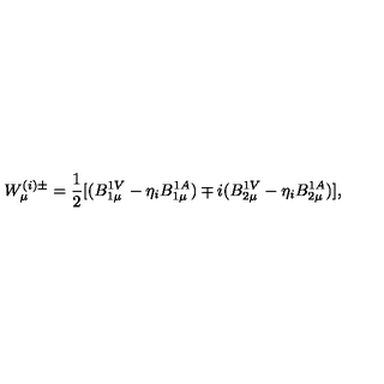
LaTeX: W _ { \mu } ^ { ( i ) \pm } = \frac { 1 } { 2 } [ ( B _ { 1 \mu } ^ { 1 V } - \eta _ { i } B _ { 1 \mu } ^ { 1 A } ) \mp i ( B _ { 2 \mu } ^ { 1 V } - \eta _ { i } B _ { 2 \mu } ^ { 1 A } ) ] ,